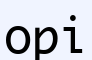
орі